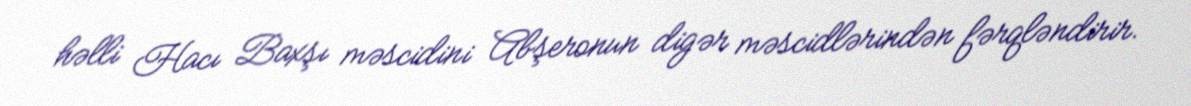
həlli Hacı Baxşı məscidini Abşeronun digər məscidlərindən fərqləndirir.